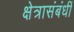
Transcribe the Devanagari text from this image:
क्षेत्रासंबंधीं